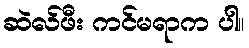
ဆဲလ်ဖီး ကင်မရာက ပါ။